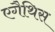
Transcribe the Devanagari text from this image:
एगैथिस